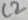
Text: C2